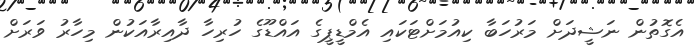
އެގޮތުން ނަޝީދަށް މަރުހަބާ ކިއުމަށްޓަކައި އެމްޑީޕީގެ އައްޑޫގެ ހުރިހާ ދާއިރާއަކުން މިހާރު ވަރަށް